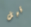
قبل